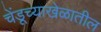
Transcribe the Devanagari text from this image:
चेंडूच्याखेळातील